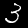
Digit: 3